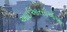
આઈઆરસીઓઍન